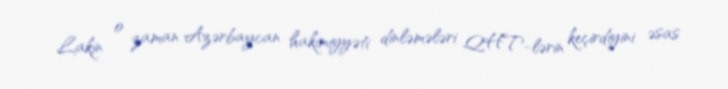
Lakin o zaman Azərbaycan hakimiyyəti dinləmələri QHT-lərin keçirdiyini əsas